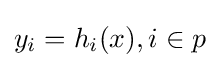
y_{i}=h_{i}(x),i\in p